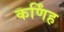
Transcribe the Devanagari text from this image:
कर्णिंह